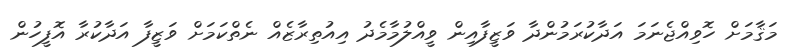
މަޤާމަށް ހޮވިއްޖެނަމަ އަދާކުރަމުންދާ ވަޒީފާއިން ވީއްލުމާމެދު އިއުތިރާޒެއް ނެތްކަމަށް ވަޒީފާ އަދާކުރާ އޮފީހުން